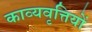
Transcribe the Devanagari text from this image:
काव्यवृत्तियों